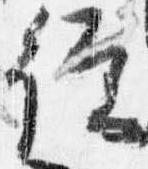
従